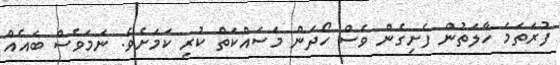
ފުރަތަމަ ހާލަތުން ފެށިގެން ވެސް ހޯދަން މަސައްކަތް ކުރި ކަމަށެވެ. ނަމަވެސް ބައެއް